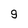
Character: 9